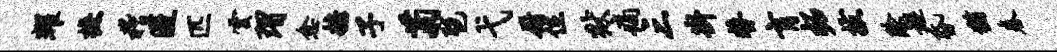
耀摭稽匿匹云瑁愈糖子菊琶弋厨位狱痛三斟替肓柘拔除邂昏犹春